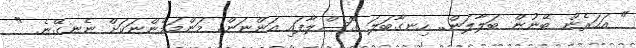
" އަހަރެން ބޭނުން ބަލާލަން.. ހިނގާބަލަ ގޮސްލާފައި އަންނަން. މަންމަމެންނަކަށް ނެނގޭނެ. "